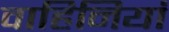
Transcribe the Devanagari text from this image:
वाहिनियां